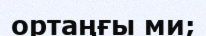
ортаңғы ми;